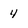
Character: 4